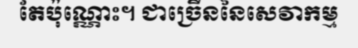
តែប៉ុណ្ណោះ។ ជាច្រើននៃសេវាកម្ម